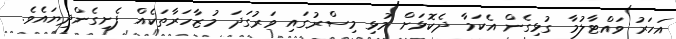
އަހަރު ވައްޓާލުމާ ގުޅިގެން އެކަމާ ދެކޮޅަށް މުޅި މިސްރުގައި ވަރުގަދަ މުޒާހަރާތަކެއް ފެށިގެންދިޔައެވެ.